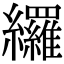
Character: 纙